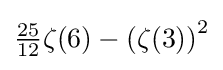
{\tfrac {25}{12}}\zeta (6)-\left(\zeta (3)\right)^{2}